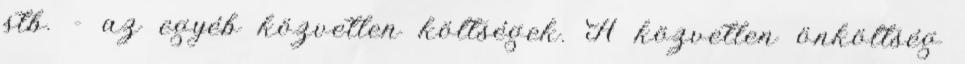
stb. - az egyéb közvetlen költségek. A közvetlen önköltség